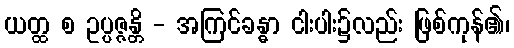
ယတ္ထ စ ဥပ္ပဇ္ဇန္တိ - အကြင်ခန္ဓာ ငါးပါး၌လည်း ဖြစ်ကုန်၏၊